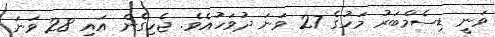
ވަނީ ޑިސެމްބަރު މަހުގެ 27 ވަނަ ދުވަހުއެވެ. ޖެހިގެން އައި 28 ވަނަ